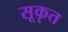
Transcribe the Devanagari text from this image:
सूकृत